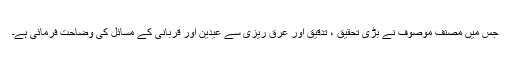
جس میں مصنف موصوف نے بڑی تحقیق ، تدقیق اور عرق ریزی سے عیدین اور قربانی کے مسائل کی وضاحت فرمائی ہے۔